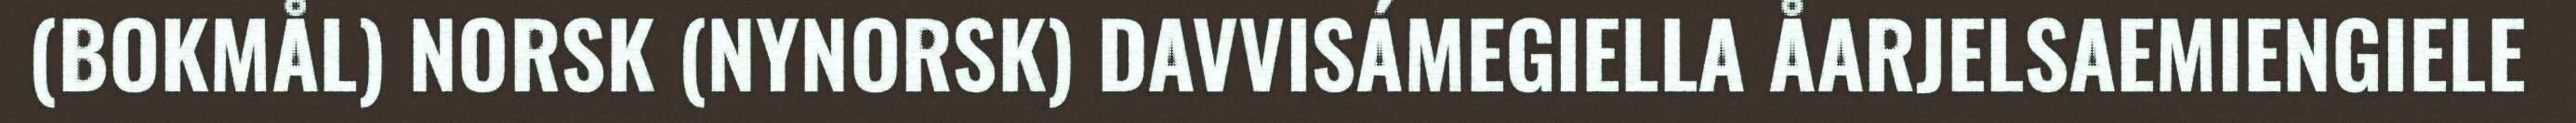
(BOKMÅL) NORSK (NYNORSK) DAVVISÁMEGIELLA ÅARJELSAEMIENGIELE